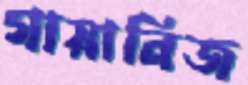
গায়ানিজ